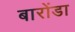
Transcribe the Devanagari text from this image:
बारोंडा